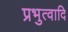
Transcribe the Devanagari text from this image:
प्रभुत्वादि